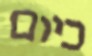
כיום